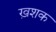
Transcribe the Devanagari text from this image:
ख़शक